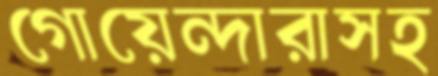
গোয়েন্দারাসহ